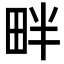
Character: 畔